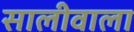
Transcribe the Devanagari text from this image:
सालीवाला